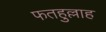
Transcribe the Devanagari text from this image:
फतहुल्लाह